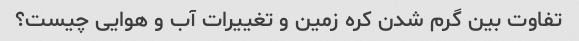
تفاوت بین گرم شدن کره زمین و تغییرات آب و هوایی چیست؟